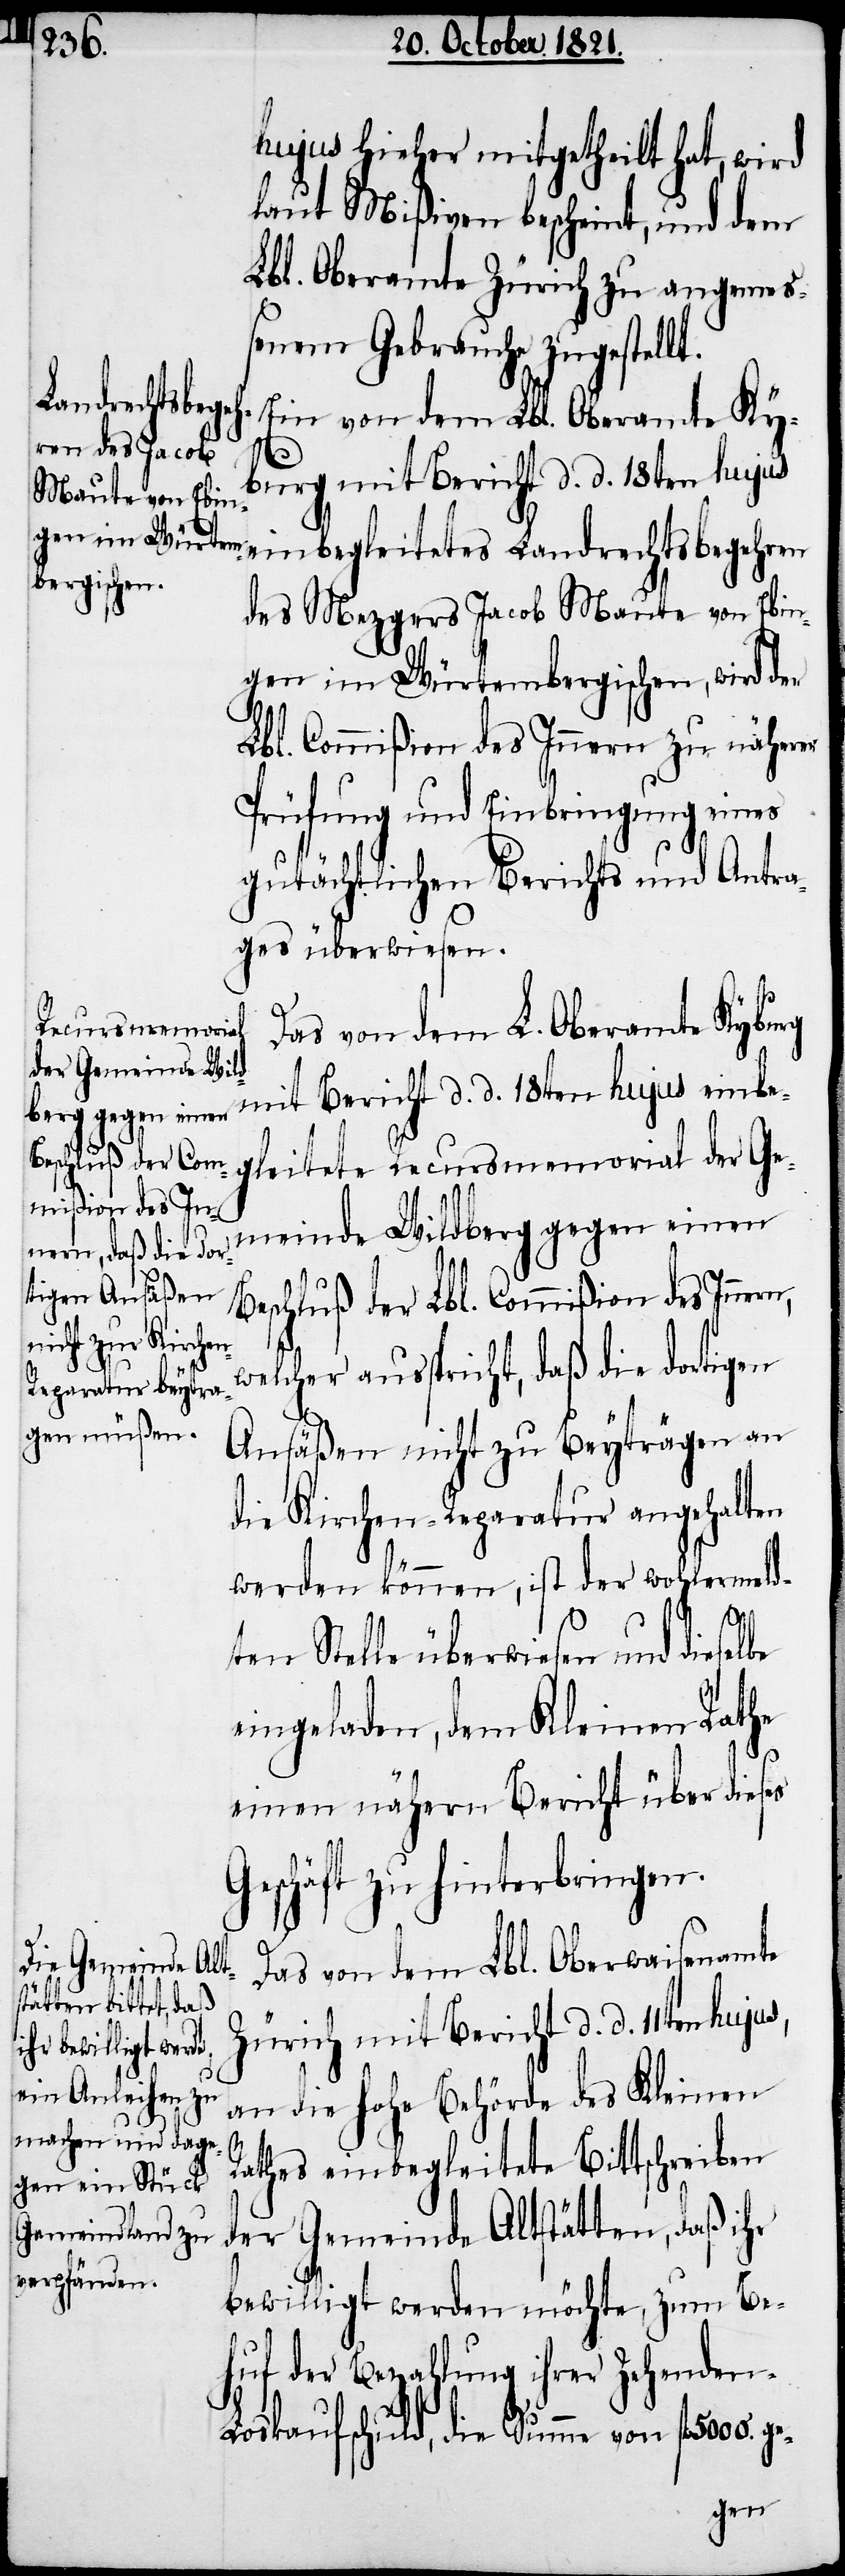
hujus hieher mitgetheilt hat, wird
laut Mißiven bescheint, und dem
Lbl. Oberamte Zürich zu angeme¬
ßenem Gebrauche zugestellt.
Ein von dem Lbl. Oberamte Ky¬
burg mit Bericht d. d. 18ten hujus
einbegleitetes Landrechtsbegehren
des Mezgers Jacob Maute von Ebin¬
gen im Würtembergischen, wird der
Lbl. Commißion des Innern zu näherer
Prüfung und Einbringung eines
gutächtlichen Berichts und Antra¬
ges überwiesen.
Das von dem L. Oberamte Kyburg
mit Bericht d. d. 18ten hujus einbe¬
gleitete Recursmemorial der Ge¬
meinde Wildberg gegen einen
Beschluß der Lbl. Commißion des Inner¬
welcher ausspricht, daß die dortigen
Ansäßen nicht zu Beyträgen an
die Kirchen-Reparatur angehalten
werden könne, ist wohlermeld¬
be
ten Stelle überwiesen und diesel¬
eingeladen, dem Kleinen Rathe
einen nähern Bericht über dieses
Geschäft zu hinterbringen.
Das von dem Lbl. Oberwaisenamte
Zürich mit Bericht d. d. 11ten hujus,
an die hohe Behörde des Kleinen
Rathes einbegleitete Bittschreiben
der Gemeinde Altstätten, daß ihr
bewilligt werden möchte, zum Be¬
huf der Bezahlung ihrer Zehenden-L¬
oskaufschuld, die Summe von fl. 5000.
ge-